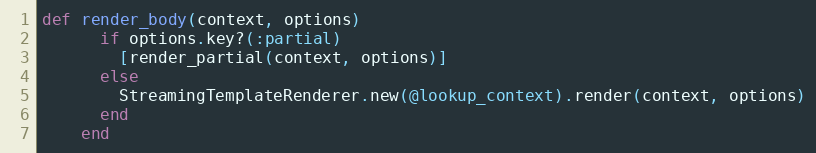
Language: Ruby
def render_body(context, options)
      if options.key?(:partial)
        [render_partial(context, options)]
      else
        StreamingTemplateRenderer.new(@lookup_context).render(context, options)
      end
    end